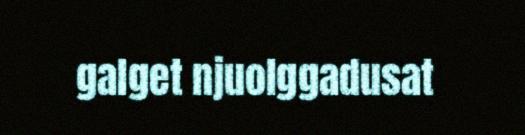
galget njuolggadusat